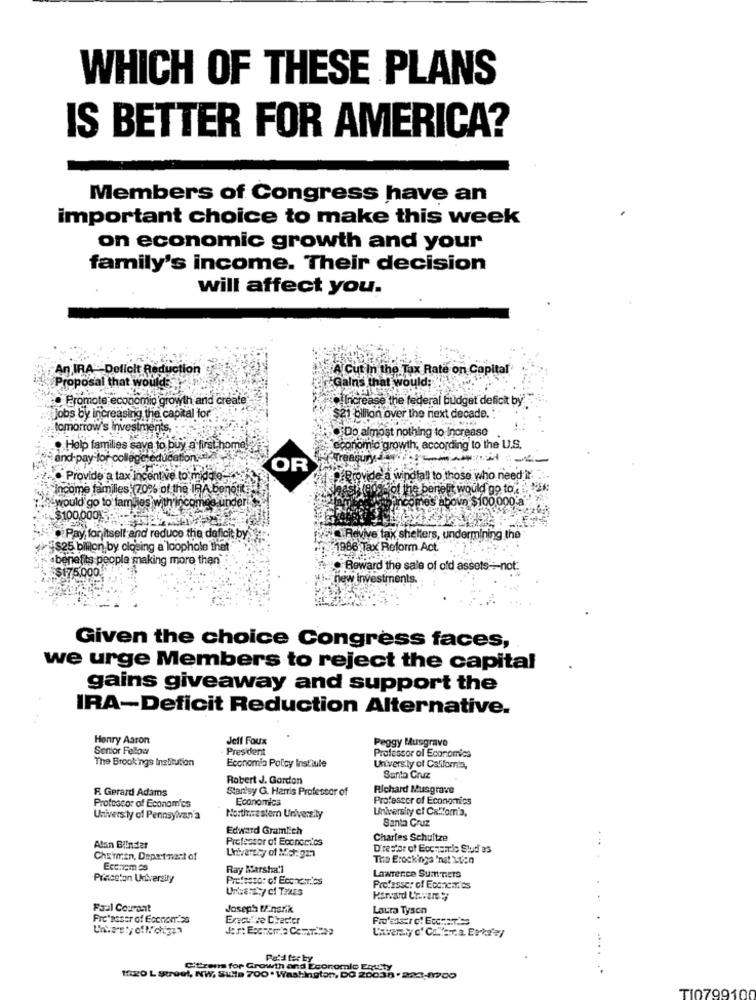
WHICH OF THESE PLANS
IS BETTER FOR AMERICA?
Members of Congress have an
important choice to make this week
on economic growth and your
family's income. Their decision
will affect you.
An IRA -Delicit Reduction
A Cut in the Tax Rate on Capital
Proposal that would
Gains that would;
Promote economic growth and create-
Increase the federal budget deficit by
jobs by increasing the capital for
$21 billion over the next decade.
tomorrow's Investments
Do almost nothing to Increase
. Help families save to buy a first home?
economic growth, according to the U.S.
se and pay for college education.
Treasury."
OR
Provide a tax incentive to middo-
ffProvide a windfall to those who need
income families (70% of the IRA benefits
1809% of the benefit would go to.
would go to tambies with incom
Prcomes above $100.000
$100,000) ...
Pay for itself and reduce the deficit by
. Revive tax shelters, undermining the
[$25 bilion by closing a loophole that
1986 Tax Reform Act."
benefits people making more than
. Reward the sale of old assets -:- not.
new Investments
Given the choice Congress faces,
we urge Members to reject the capital
gains giveaway and support the
IRA-Deficit Reduction Alternative.
Henry Aaron
Jeff Foux
Peggy Musgrave
Senior Fellow
President
The Brookings Institution
Economia Policy Institute
Professor of Economics
Univers.ly of California,
Robert J. Gordon
Santa Cruz
R. Gerard Adams
Stan'sy G. Harris Professor of
Richard Musgrave
Economics
Professor of Economics
Professor of Economics
Univers ly of Pennsylvan'a
Northwestern University
Santa Cruz
Edward GramEich
Professor of Economics
Charles Schultze
Alan Blinder
Director of Eccnamio Stud as
Chairman, Depert ment of
The Erockinga Inat uten
Eccnem as
Ray Marshall
Princeton University
Professor of Economics
Lawrence Summers
Universty cl Taxes
Professor of Econncm'es
Paul Courant
Joseph BEnarik
Laura Tyson
Unhas ty of Michigan
Paid ter by
Citrens for Growth and Economic Equity
1520 L Street, NW, Suite 700. Washington, DO 20038 .822-1900
TI0799100